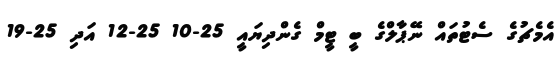
އެމެޗުގެ ސެޓުތައް ނޭޕާލްގެ ބީ ޓީމް ގެންދިޔައީ 25-10 25-12 އަދި 25-19